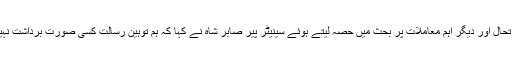
اجلاس میں ملک پر قرضوں کی صورتحال، یمن میں جنگ بندی کے معاملے پر ثالثی، دھرنوں سے پیدا شدہ صورتحال اور دیگر اہم معاملات پر بحث میں حصہ لیتے ہوئے سینیٹر پیر صابر شاہ نے کہا کہ ہم توہین رسالتؐ کسی صورت برداشت نہیں کر سکتے، ہمارے جذبات حضور اکرمؐ کے ساتھ محبت کے حوالے سےہر قسم کے شک و شبہ سے بالاتر ہے۔